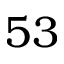
5 3